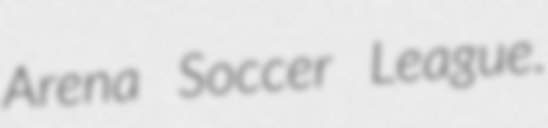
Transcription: Arena Soccer League.